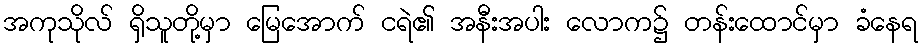
အကုသိုလ် ရှိသူတို့မှာ မြေအောက် ငရဲ၏ အနီးအပါး လောက၌ တန်းထောင်မှာ ခံနေရ